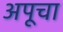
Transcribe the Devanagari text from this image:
अपूचा